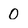
Character: 0